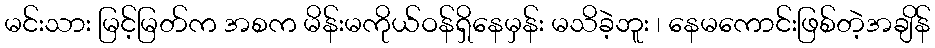
မင်းသား မြင့်မြတ်က အစက မိန်းမကိုယ်ဝန်ရှိနေမှန်း မသိခဲ့ဘူး ၊ နေမကောင်းဖြစ်တဲ့အချိန်